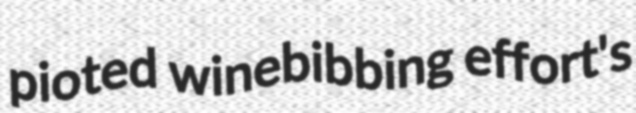
pioted winebibbing effort's